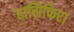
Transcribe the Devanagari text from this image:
हासिफिरा